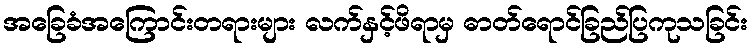
အခြေခံအကြောင်းတရားများ လက်နှင့်ဖိရာမှ ဓာတ်ရောင်ခြည်ပြကုသခြင်း